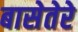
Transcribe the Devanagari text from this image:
बासेतेरे